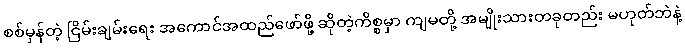
စစ်မှန်တဲ့ ငြိမ်းချမ်းရေး အကောင်အထည်ဖော်ဖို့ ဆိုတဲ့ကိစ္စမှာ ကျမတို့ အမျိုးသားတခုတည်း မဟုတ်ဘဲနဲ့